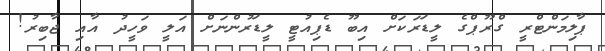
ޕާލިމަންޓްރީ ގްރޫޕްގެ ލީޑަރަކަށް އިބޫ ޑެޕިއުޓީ ލީޑަރުންނަށް އަލީ ވަހީދު އާއި ޖާބިރު!